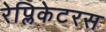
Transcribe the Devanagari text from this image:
रेप्लिकेटरस